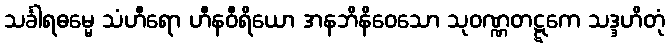
သင်္ခါရဓမ္မေ သံဟီရော ဟီနဝီရိယော အနဘိနိဝေသော သုဝဏ္ဏတဋ္ဋကေ သဒ္ဒဟိတုံ